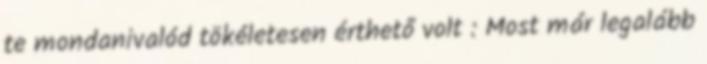
te mondanivalód tökéletesen érthető volt : Most már legalább